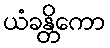
ယံခန္တိကော